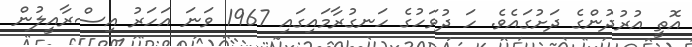
އޮތީ އުރުދުންގެ ދަށުގައެވެ. ހަ ދުވަހުގެ ހަނގުރާމައިގައި 1967 ވަނަ އަހަރު އިސްރާއީލުން